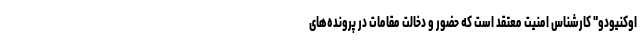
اوکنیودو" کارشناس امنیت معتقد است که حضور و دخالت مقامات در پرونده‌های